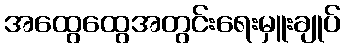
အထွေထွေအတွင်းရေးမှူးချုပ်